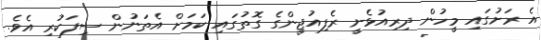
އެ ރަށުގައި މީހުން ދިރިއުޅެނީ ރެފިއުޖީންގެ ގޮތުގައި ކަމަށް އެތަނުން ސިފަކުރި އެވެ.